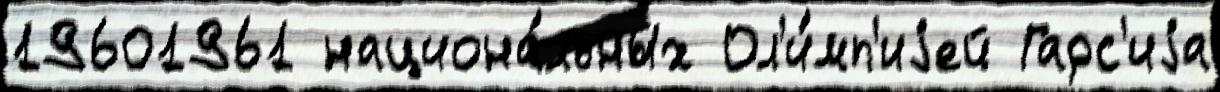
19601961 национа́льных Ол'и́мп'иjей Гарс'иjа